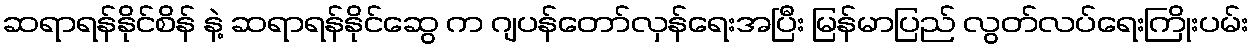
ဆရာရန်နိုင်စိန် နဲ့ ဆရာရန်နိုင်ဆွေ က ဂျပန်တော်လှန်ရေးအပြီး မြန်မာပြည် လွတ်လပ်ရေးကြိုးပမ်း